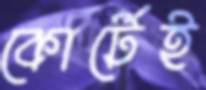
কোর্টেই